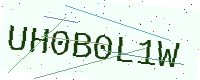
Text: UH0B0L1W